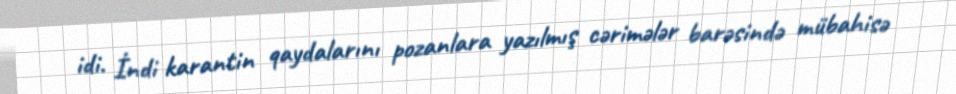
idi. İndi karantin qaydalarını pozanlara yazılmış cərimələr barəsində mübahisə